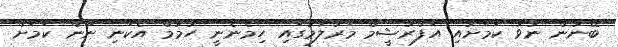
ބޭނުން ނުވާ ކަމަށާއި އަފްރާޝީމް މަރާލުމުގައި ހިމެނެނީ ހުމާމް އެކަނި ނޫން ކަމަށް